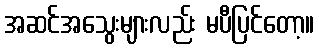
အဆင်အသွေးများလည်း မပီပြင်တော့။